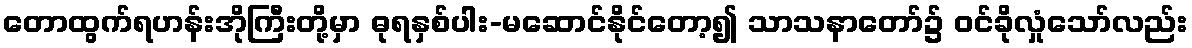
တောထွက်ရဟန်းအိုကြီးတို့မှာ ဓုရနှစ်ပါး-မဆောင်နိုင်တော့၍ သာသနာတော်၌ ဝင်ခိုလှုံသော်လည်း